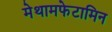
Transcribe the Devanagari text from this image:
मेथामफेटामिन